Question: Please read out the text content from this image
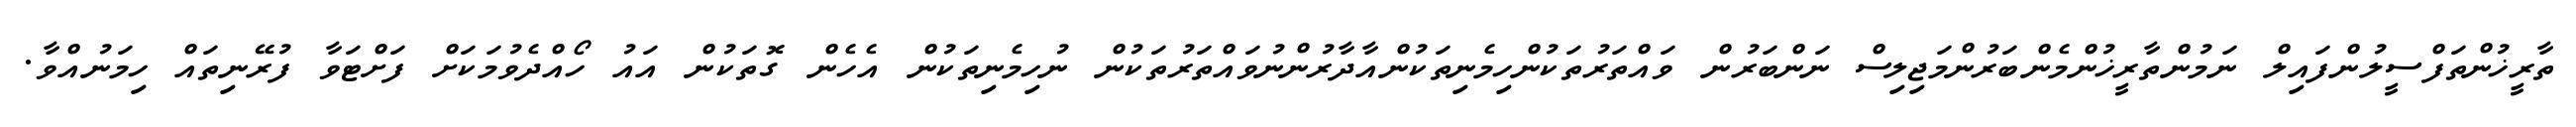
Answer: ތާރީޚުންތަފްސީލުންފައިލް ނަމުންތާރީޚުންމެންބަރުންމަޖިލިސް ނަންބަރުން ވައްތަރުތަކުންހިމެނިތަކުންއާދާރުންނުވައްތަރުތަކުން ނުހިމެނިތަކުން އެހެން ގޮތަކުން އައު ހޯއްދެވުމަކަށް ފަށްޓަވާ ފުރޭނިތައް ހިމަނުއްވާ.